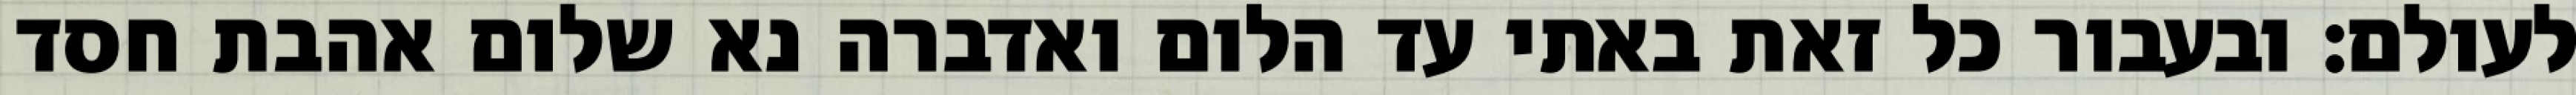
לעולם: ובעבור כל זאת באתי עד הלום ואדברה נא שלום אהבת חסד